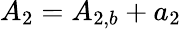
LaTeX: {A_{2}}={A_{2,b}}+{a_{2}}